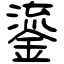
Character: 鎏